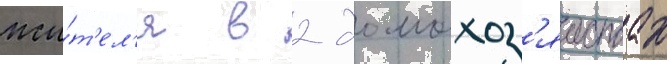
жи́т'ел'я в 2 домохоз'яиствах